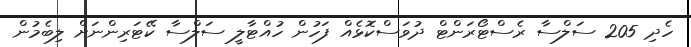
ހެދި 205 ސަލްސާ ރެސްޓޯރަންޓް ދުވަސްކޮޅެއް ފަހުން ހުއްޓާލީ ސަލްސާ ކޭޓަރިންނަށް ލިބެމުން